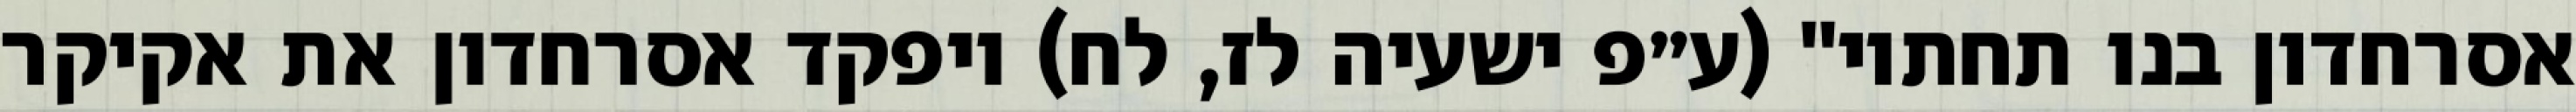
אסרחדון בנו תחתיו" (ע״פ ישעיה לז, לח) ויפקד אסרחדון את אקיקר